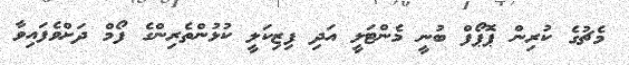
މެޗުގެ ކުރިން ޕޮޕޯފް ބުނީ މެންޓަލީ އަދި ފިޒިކަލީ ކުޅުންތެރިންގެ ފޯމް ދަށްވެފައިވާ